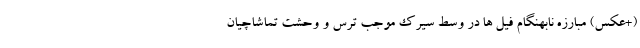
(+عکس) مبارزه نابهنگام فیل ها در وسط سیرک موجب ترس و وحشت تماشاچیان